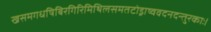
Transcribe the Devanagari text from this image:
खसमगधषिबिरगिरिमिथिलसमतटोड्राष्ववदनदन्तुरकाः।